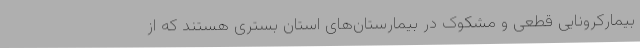
بیمارکرونایی قطعی و مشکوک در بیمارستان‌های استان بستری هستند که از